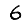
Digit: 6